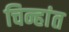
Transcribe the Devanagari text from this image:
चिन्हांत